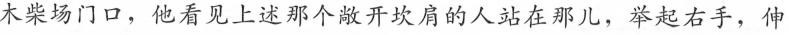
木柴场门口，他看见上述那个敞开坎肩的人站在那儿，举起右手，伸